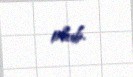
olub.